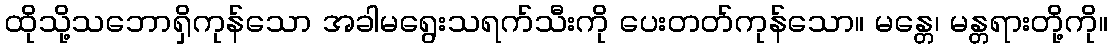
ထိုသို့သဘောရှိကုန်သော အခါမရွေးသရက်သီးကို ပေးတတ်ကုန်သော။ မန္တေ၊ မန္တရားတို့ကို။